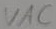
Text: VAC